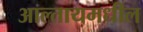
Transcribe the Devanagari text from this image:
आल्तायमधील